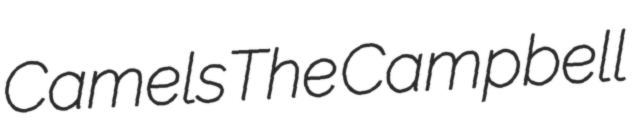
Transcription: CamelsThe Campbell